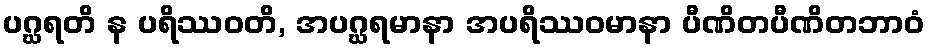
ပဂ္ဃရတိ န ပရိဿဝတိ, အပဂ္ဃရမာနာ အပရိဿဝမာနာ ပီဏိတပီဏိတဘာဝံ